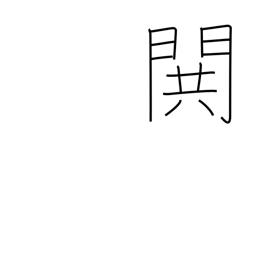
Meaning: war cry